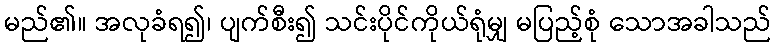
မည်၏။ အလုခံရ၍၊ ပျက်စီး၍ သင်းပိုင်ကိုယ်ရုံမျှ မပြည့်စုံ သောအခါသည်